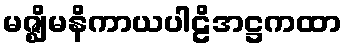
မဇ္ဈိမနိကာယပါဠိအဋ္ဌကထာ